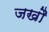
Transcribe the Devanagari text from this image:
जखौ